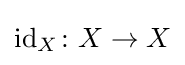
\operatorname {id} _{X}\colon X\to X